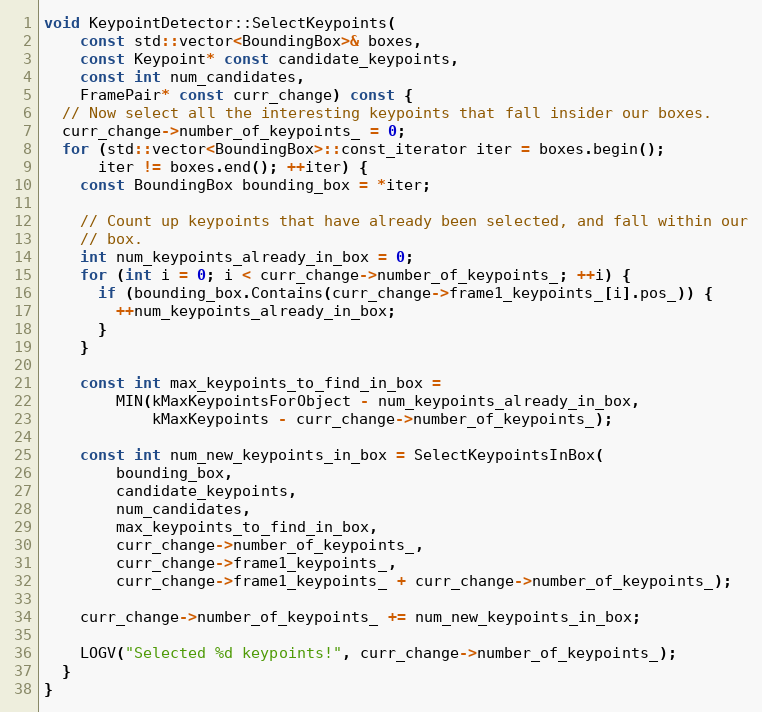
Language: C++
void KeypointDetector::SelectKeypoints(
    const std::vector<BoundingBox>& boxes,
    const Keypoint* const candidate_keypoints,
    const int num_candidates,
    FramePair* const curr_change) const {
  // Now select all the interesting keypoints that fall insider our boxes.
  curr_change->number_of_keypoints_ = 0;
  for (std::vector<BoundingBox>::const_iterator iter = boxes.begin();
      iter != boxes.end(); ++iter) {
    const BoundingBox bounding_box = *iter;

    // Count up keypoints that have already been selected, and fall within our
    // box.
    int num_keypoints_already_in_box = 0;
    for (int i = 0; i < curr_change->number_of_keypoints_; ++i) {
      if (bounding_box.Contains(curr_change->frame1_keypoints_[i].pos_)) {
        ++num_keypoints_already_in_box;
      }
    }

    const int max_keypoints_to_find_in_box =
        MIN(kMaxKeypointsForObject - num_keypoints_already_in_box,
            kMaxKeypoints - curr_change->number_of_keypoints_);

    const int num_new_keypoints_in_box = SelectKeypointsInBox(
        bounding_box,
        candidate_keypoints,
        num_candidates,
        max_keypoints_to_find_in_box,
        curr_change->number_of_keypoints_,
        curr_change->frame1_keypoints_,
        curr_change->frame1_keypoints_ + curr_change->number_of_keypoints_);

    curr_change->number_of_keypoints_ += num_new_keypoints_in_box;

    LOGV("Selected %d keypoints!", curr_change->number_of_keypoints_);
  }
}